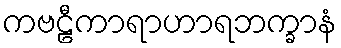
ကဗဠီကာရာဟာရဘက္ခာနံ